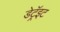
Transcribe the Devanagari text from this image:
डेट्रॅइट